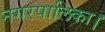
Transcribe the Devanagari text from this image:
नगरपालिका।